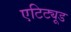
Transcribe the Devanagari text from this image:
एटिट्यूड